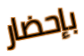
بإحضار